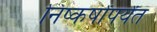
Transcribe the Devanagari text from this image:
निष्कर्षांपर्यंत